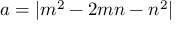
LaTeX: a = | m ^ { 2 } - 2 m n - n ^ { 2 } |